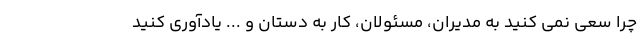
چرا سعی نمی کنید به مدیران، مسئولان، کار به دستان و ... یادآوری کنید